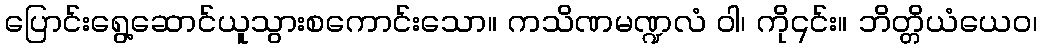
ပြောင်းရွေ့ဆောင်ယူသွားစကောင်းသော။ ကသိဏမဏ္ဍလံ ဝါ၊ ကို၎င်း။ ဘိတ္တိယံယေဝ၊